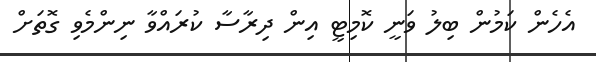
އެހެން ކަމުން ބިލު ވަނީ ކޮމިޓީ އިން ދިރާސާ ކުރައްވާ ނިންމެވި ގޮތަށް